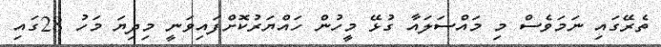
ތެރޭގައި ނަމަވެސް މި މައްސަލައާ ގުޅޭ މީހުން ހައްޔަރުކޮށްފައިވަނީ މިދިޔަ މަހު 28ގައި